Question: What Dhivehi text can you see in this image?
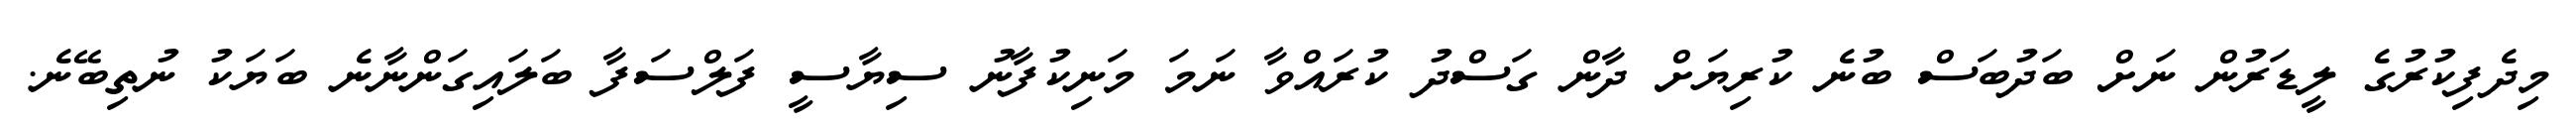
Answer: މިދެފިކުރުގެ ލީޑަރުން ނަށް ބަދުބަސް ބުނެ ކުރިޔަށް ދާން ގަސްދު ކުރައްވާ ނަމަ މަނިކުފާނު ސިޔާސީ ފަލްސަފާ ބަލައިގަންނާނެ ބަޔަކު ނުތިބޭނެ.